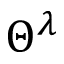
\Theta ^ { \lambda }